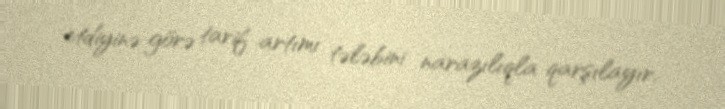
etdiyinə görə tarif artımı tələbini narazılıqla qarşılayır.